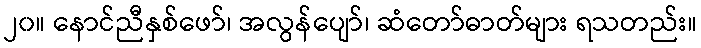
၂၀။ နောင်ညီနှစ်ဖော်၊ အလွန်ပျော်၊ ဆံတော်ဓာတ်များ ရသတည်း။